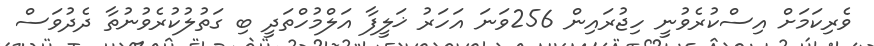
ވެރިކަމަށް އިސްކުރެވުނީ ހިޖުރައިން 256ވަނަ އަހަރު ޚަލީފާ އަލްމުހްތަދީ ބި ގަތުލުކުރެވުނުތާ ދެދުވަސް